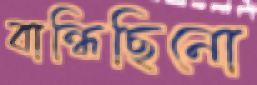
বান্ধিছিনো